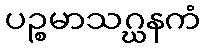
ပဉ္စမာသဂ္ဃနကံ